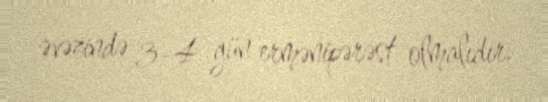
əvəzində 3-4 gün ermənipərəst olmalıdır.